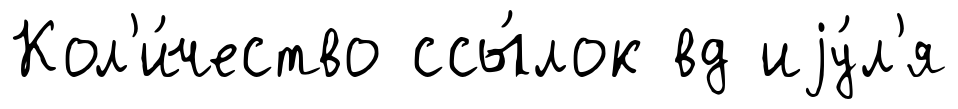
Кол'и́чество ссы́лок вд иjу́л'я